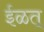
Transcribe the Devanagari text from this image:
ईळत्